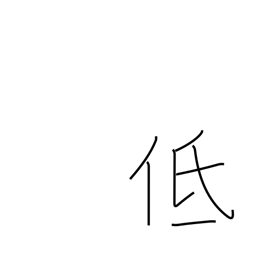
Meaning: short